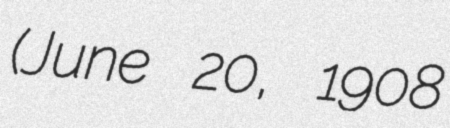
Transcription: (June 20, 1908